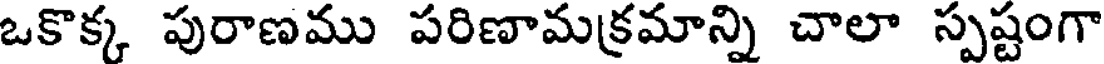
ఒకొక్క పురాణము పరిణామక్రమాన్ని చాలా స్పష్టంగా